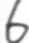
6